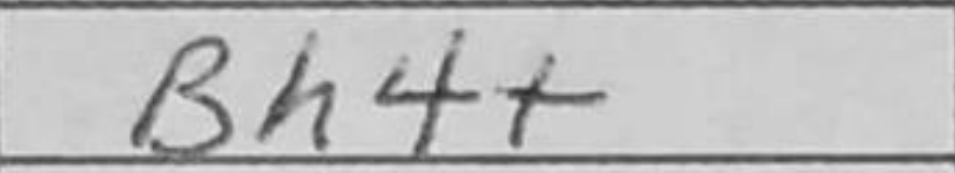
Transcription: Bh4+